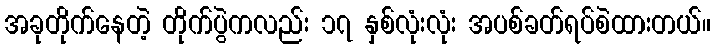
အခုတိုက်နေတဲ့ တိုက်ပွဲကလည်း ၁၇ နှစ်လုံးလုံး အပစ်ခတ်ရပ်စဲထားတယ်။